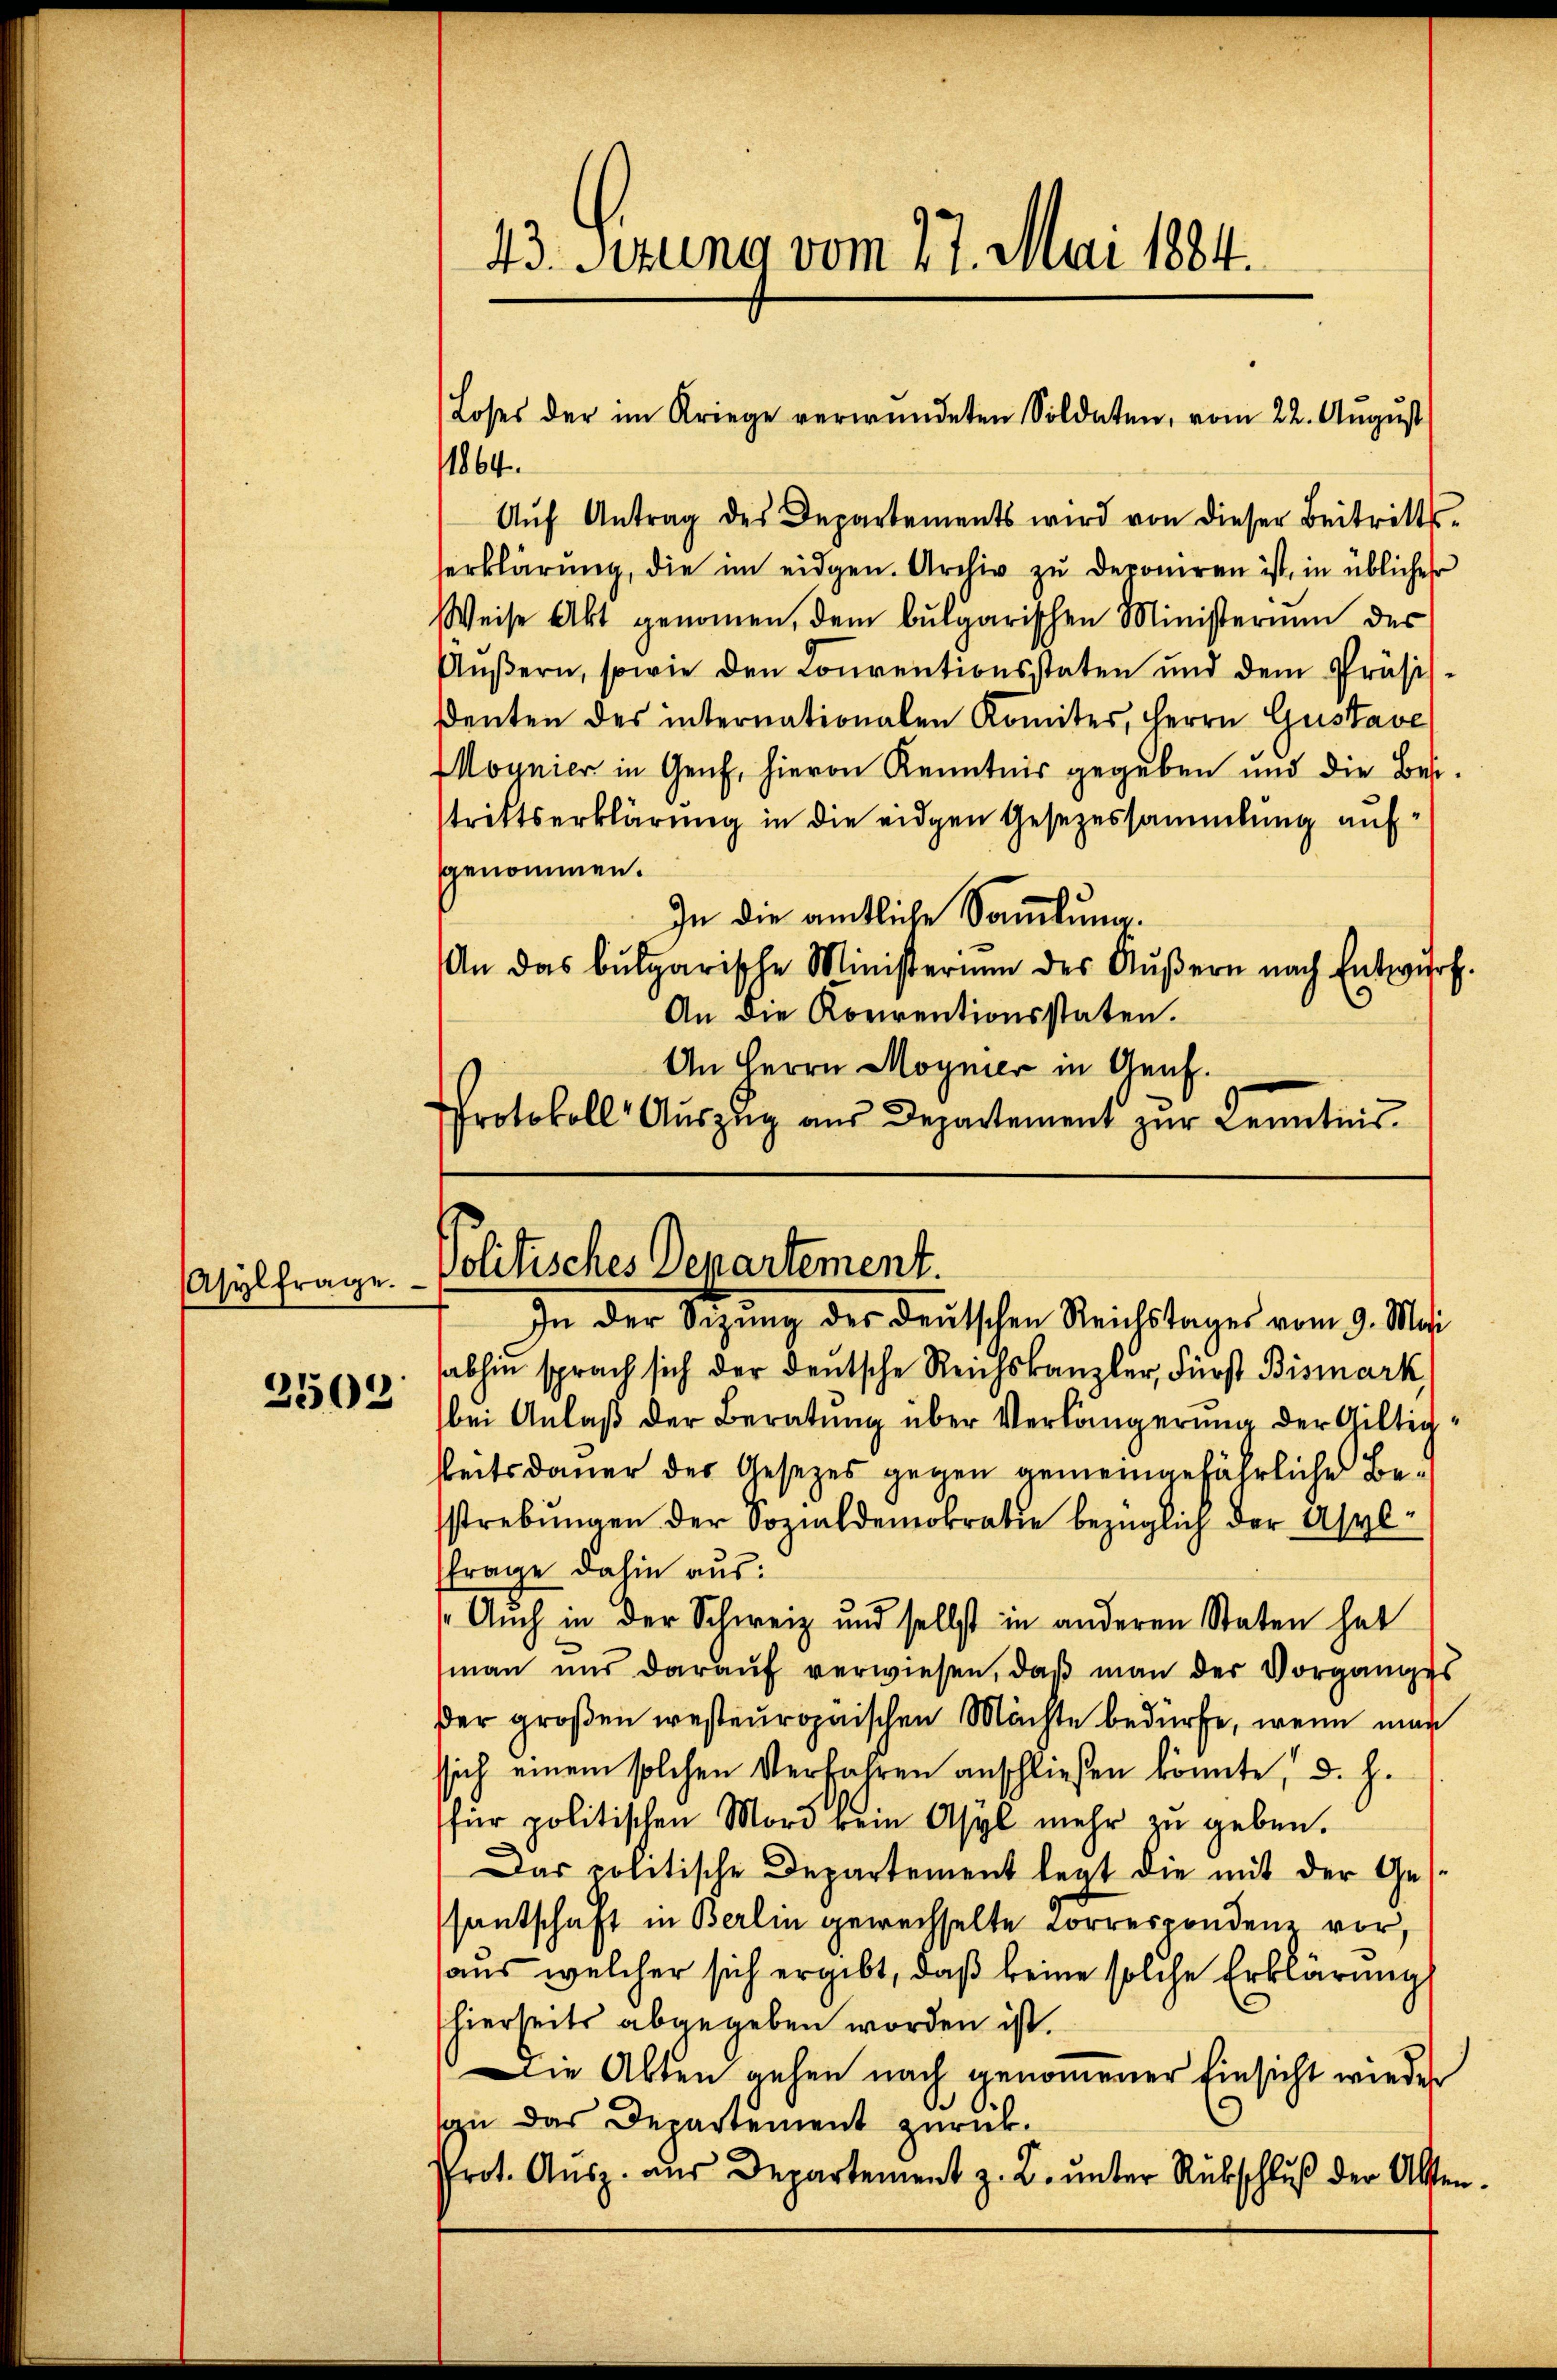
Asylfrage.

2502

43. Sirung vom 27. Mai 1884.

1864.
Aŭf Antrag des Departements wird von dieser Beitritts-
serklärŭng, die im eidgen. Archiv zŭ deponiren ist, in üblicher
Weise Akt genommen, dem bulgarischen Ministerium der
Äŭβern, sowie den Conventionsstaten und dem Präsis-
denten des internationalen Komites, Herrn Gustave
Mounier in Genf, hievon Kenntnis gegeben und die Besstrittserklärung in die eidgen Gesezessammlung aufsgenommen.
In die amtliche Sammlung.
An das bulgarische Ministerium des Aŭβern nach Entwurf.
An die Konventionsstaten.
An Herrn Moyner in Graf.
Protokoll Aŭszŭg aŭs Departement zŭr Kenntnis

Loses der im Kriege verwendeten Soldaten, vom 22. Aŭgŭst

Politisches Departement.
In der Sizung des deutschen Reichstages vom 9. Mai

abhin sprach sich der deutsche Reichskanzler, Fürst Bismark,
bei Anlaß der Beratung über Verlängerung der Gültig
beitsdauer der Gesezes gegen gemeingefährliche Bestrebŭngen der Sozialdemokratie bezüglich der Asyl-
frage dahin aus:
Auch in der Schweiz und selbst in anderen Staten hat
man und darauf verwiesen, daß man der Vorganges
der großen westeuropaischen Mächte bedürfe, wenn man
ssich einem solchen Verfahren anschließen könnte, d. h.
für politischen Mord kein Asyl mehr zu geben.
Das politische Departement legt die mit der Ges
santschaft in Berlin gewechselte Correspondene vor,
aus welcher sich ergibt, daß keine solche Erklärung
hierseits abgegeben worden ist.
Die Alten gehen nach genommener Einsicht wieder
C
iu das Departement zurück-
Prot. Aŭsz. aŭs Departement z. B. ŭnter Rückschluß der Alten.